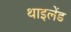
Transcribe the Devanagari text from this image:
थाइलेंड